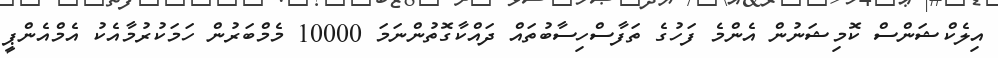
އިލެކްޝަންސް ކޮމިޝަނުން އެންމެ ފަހުގެ ތަފާސްހިސާބުތައް ދައްކާގޮތުންނަމަ 10000 މެމްބަރުން ހަމަކުރުމާއެކު އެމްއެންޕީ